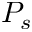
P _ { s }